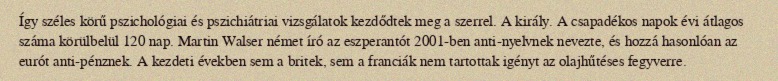
Így széles körű pszichológiai és pszichiátriai vizsgálatok kezdődtek meg a szerrel. A király. A csapadékos napok évi átlagos száma körülbelül 120 nap. Martin Walser német író az eszperantót 2001-ben anti-nyelvnek nevezte, és hozzá hasonlóan az eurót anti-pénznek. A kezdeti években sem a britek, sem a franciák nem tartottak igényt az olajhűtéses fegyverre.